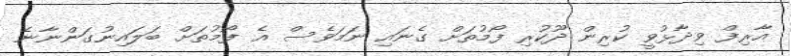
އާރިފް ވިދާޅުވީ ކުރިން ދޫކުރި ފޯމުތަށް ގެނައި ނަމަވެސް އެ ފޯމުތަށް ބަލައިނުގަންނާނެ